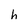
Character: h